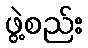
ဖွဲ့စည်း